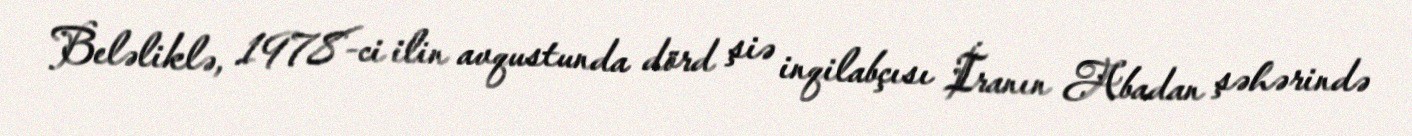
Beləliklə, 1978-ci ilin avqustunda dörd şiə inqilabçısı İranın Abadan şəhərində